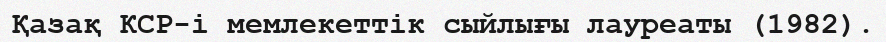
Қазақ КСР-і мемлекеттік сыйлығы лауреаты (1982).